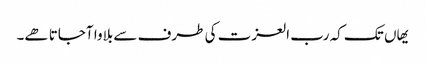
یھاں تک کہ رب العزت کی طرف سے بلاوا آجاتا ھے۔